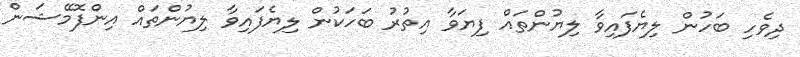
ދިވެހި ބަހުން ލިޔެފައިވާ ލިޔުންތައް ފިޔަވާ އިތުރު ބަހަކުން ލިޔެފައިވާ ލިޔުންތައް އިންފޮމޭޝަން